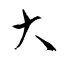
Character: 大